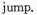
jump.